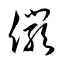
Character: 儼